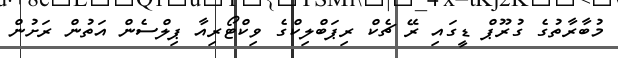
މުބާރާތުގެ ގުރޫޕް ޑީގައި ރޭ ޗެކް ރިޕަބްލިކްގެ ވިކްޓޯރިއާ ޕިލްސެން އަތުން ރަށުން